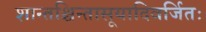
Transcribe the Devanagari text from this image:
शान्तश्चिन्तासूयादिवर्जितः